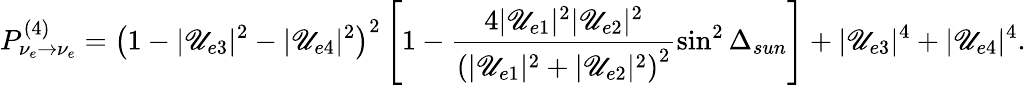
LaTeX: P_{{\nu}_{e}\to{\nu}_{e}}^{(4)}=\left(1-|\mathscr{U}_{e3}|^{2}-|\mathscr{U}_{e4}|^{2}\right)^{2}\left[1-\frac{{4|\mathscr{U}_{e1}|^{2}|\mathscr{U}_{e2}|^{2}}}{{\left(|\mathscr{U}_{e1}|^{2}+|\mathscr{U}_{e2}|^{2}\right)^{2}}}\sin^{2}{\Delta_{sun}}\right]+|\mathscr{U}_{e3}|^{4}+|\mathscr{U}_{e4}|^{4}.